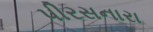
પીરસનારા